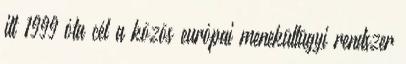
itt 1999 óta cél a közös európai menekültügyi rendszer